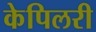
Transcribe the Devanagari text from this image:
केपिलरी